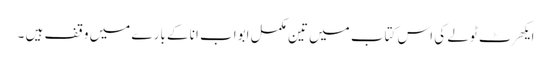
ایکھرٹ ٹولے کی اس کتاب میں تین مکمل ابواب انا کے بارے میں وقف ہیں ۔